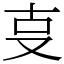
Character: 㕝